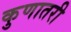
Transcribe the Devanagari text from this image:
कुणातरी